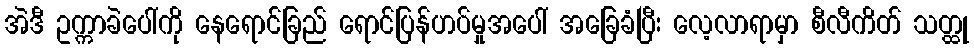
အဲဒီ ဥက္ကာခဲပေါ်ကို နေရောင်ခြည် ရောင်ပြန်ဟပ်မှုအပေါ် အခြေခံပြီး လေ့လာရာမှာ စီလီကိတ် သတ္ထု